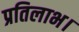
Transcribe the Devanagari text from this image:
प्रतिलाभ।